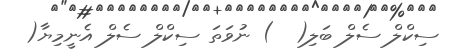
ސިކްލް ސެލް ބަލި(  ) ނުވަތަ ސިކްލް ސެލް އެނީމިޔާ(